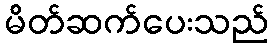
မိတ်ဆက်ပေးသည်